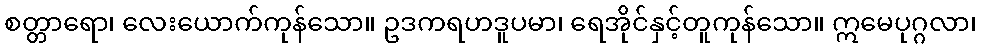
စတ္တာရော၊ လေးယောက်ကုန်သော။ ဥဒကရဟဒူပမာ၊ ရေအိုင်နှင့်တူကုန်သော။ ဣမေပုဂ္ဂလာ၊